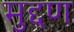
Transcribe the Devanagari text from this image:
मुद्दण